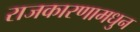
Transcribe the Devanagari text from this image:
राजकारणामधुन